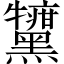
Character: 𪒷